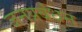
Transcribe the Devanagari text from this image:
जनप्रबंधन